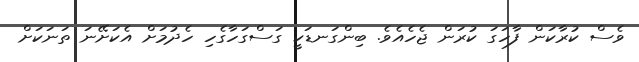
ވެސް ކުރާކަން ފާހަގަ ކުރަން ޖެހެއެވެ. ބިންގަނޑަކީ ގަސްގަހާގެހި ހެދުމަށް އެކަށޭނަ ތަނަކަށް